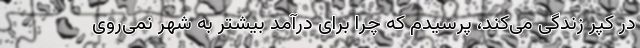
در کپر زندگی می‌کند، پرسیدم که چرا برای درآمد بیشتر به شهر نمی‌روی